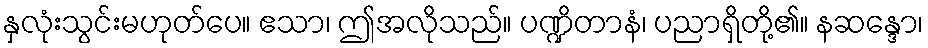
နှလုံးသွင်းမဟုတ်ပေ။ ဧသာ၊ ဤအလိုသည်။ ပဏ္ဍိတာနံ၊ ပညာရှိတို့၏။ နဆန္ဒော၊